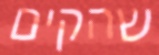
שהקים